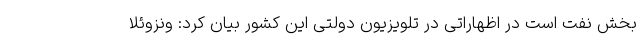
بخش نفت است در اظهاراتی در تلویزیون دولتی این کشور بیان کرد: ونزوئلا